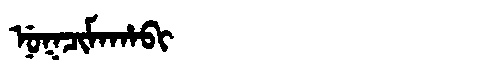
Manchu: ᠨᡠᡴᠴᡳᠮᠠᡥᠠᠪᡳ
Romanization: NUKCIMAHABI